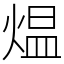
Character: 煴